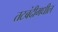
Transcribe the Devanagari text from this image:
तटबंदीमधील